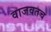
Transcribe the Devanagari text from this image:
वाजवतच